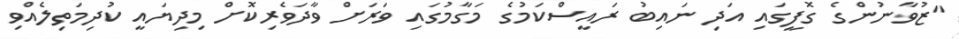
"ޒުވާނުންގެ ގޮފީގައި އަދި ނައިބު ރައީސްކަމުގެ މަގާމުގައި ވަރަށް ވާދަވެރިކޮށް މިދިޔައީ ކުދިމަތިލެއްވި